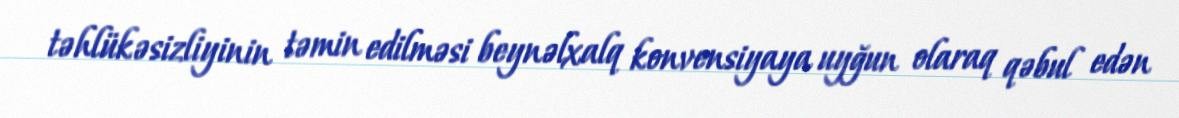
təhlükəsizliyinin təmin edilməsi beynəlxalq konvensiyaya uyğun olaraq qəbul edən